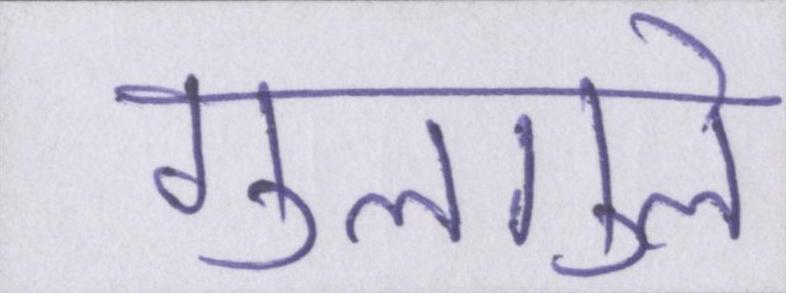
गुलगुले